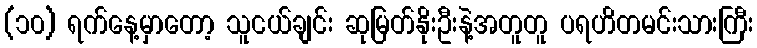
(၁၀) ရက်နေ့မှာတော့ သူငယ်ချင်း ဆုမြတ်နိုးဦးနဲ့အတူတူ ပရဟိတမင်းသားကြီး